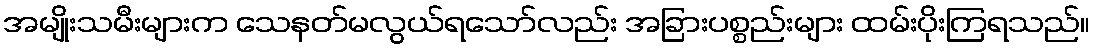
အမျိုးသမီးများက သေနတ်မလွယ်ရသော်လည်း အခြားပစ္စည်းများ ထမ်းပိုးကြရသည်။